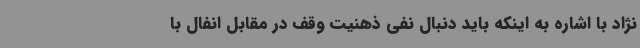
نژاد با اشاره به اینکه باید دنبال نفی ذهنیت وقف در مقابل انفال با